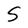
Character: S